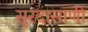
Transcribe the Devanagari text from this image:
सूरदासाणी